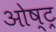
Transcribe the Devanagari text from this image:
ओष्ट्र